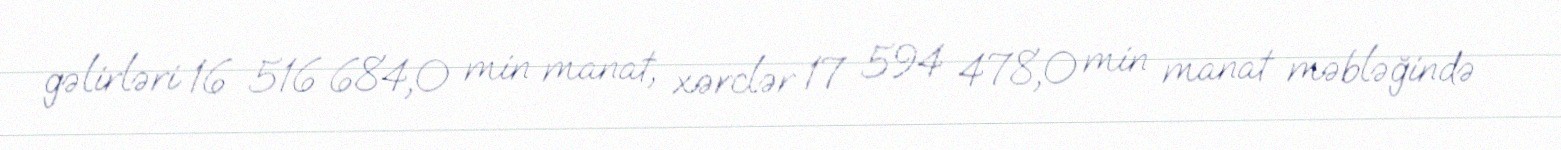
gəlirləri 16 516 684,0 min manat, xərclər 17 594 478,0 min manat məbləğində